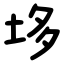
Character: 垑